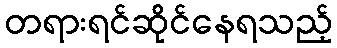
တရားရင်ဆိုင်နေရသည့်